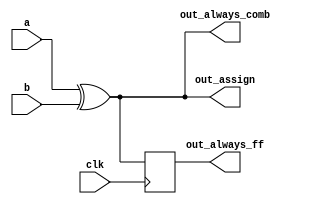
// synthesis verilog_input_version verilog_2001
module top_module(
    input clk,
    input a,
    input b,
    output wire out_assign,
    output reg out_always_comb,
    output reg out_always_ff   );

    assign out_assign=a^b;
    always@(*) out_always_comb=a^b;
    // clocked circuit, use non-blocking assignment
    always@(posedge clk) out_always_ff<=a^b;

endmodule